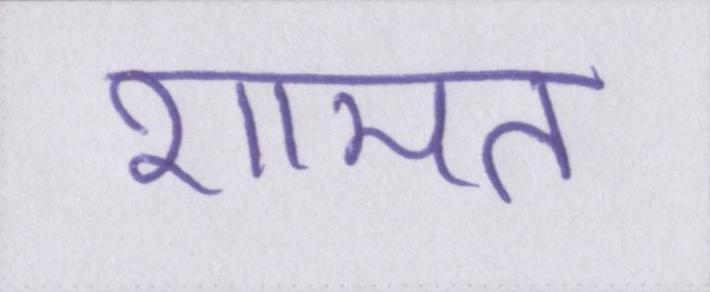
शामत